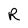
Character: R